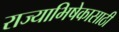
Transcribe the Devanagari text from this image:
राज्याभिषेकासाठी